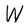
Character: W